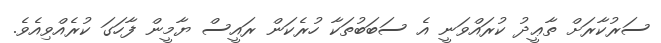
ސަރުކާރަށް ތާޢީދު ކުރައްވަނީ އެ ސަބަބުތަކާ ހުރެކަން ރައީސް ޔާމީން ފާހަގަ ކުރެއްވިއެވެ.